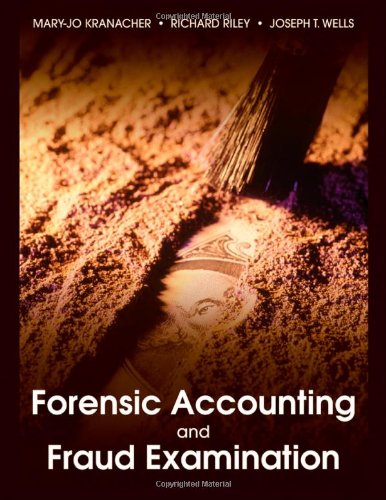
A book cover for Forensic Accounting and Fraud Examination; Mary-Jo Kranacher; Law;